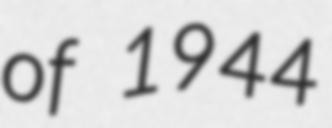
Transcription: of 1944